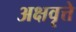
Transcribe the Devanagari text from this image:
अक्षवृत्ते